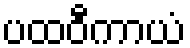
ပထဝီကာယံ